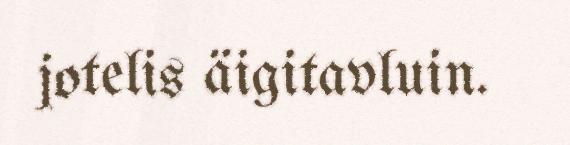
jotelis äigitavluin.